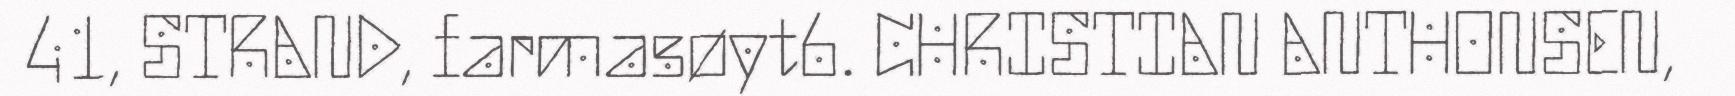
41, STRAND, farmasøyt6. CHRISTIAN ANTHONSEN,